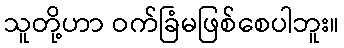
သူတို့ဟာ ဝက်ခြံမဖြစ်စေပါဘူး။